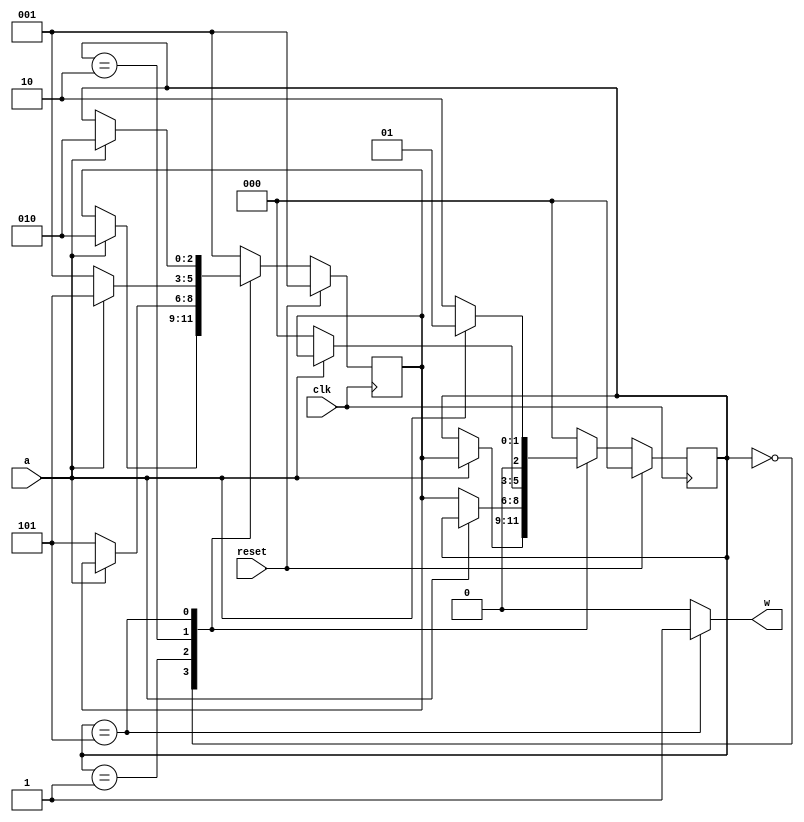
// Time: 10:49 pm
// 101_detector.v
// About : Sequence (101) detector 

module dectector (
	a, w, clk, reset);
	input a,clk,reset;
	output w;
	reg w;
	parameter s0=3'b000,
		  s1=3'b001,
		  s2=3'b010,
		  s3=3'b101;
	reg[2:0] current_state, next_state;
initial
	begin
	current_state = s0;
	next_state = s1;
	end
// concurrent space
	always@(posedge clk)
		begin
		if (reset==1)
		begin
			next_state <= s1;
			current_state<=s0;
		end
		else
		begin
			case (current_state)
				s0:begin
					if (a==1)
					begin
						current_state<=next_state;
						next_state<=s2;
					end						
				   end
				s1:begin
					if (a==0)
					begin
						current_state<=next_state;
						next_state<=s3;
					end
				   end
				s2:begin
					if (a==1)
					begin
						current_state<=next_state;
						next_state<=s3;
					end
					else
					begin
						current_state<=s0;
						next_state<=s1;
					end
				   end
				s3:begin
					if (a==1)
					begin
						current_state<=s1;
						next_state<=s2;
					end
					else
					begin
						next_state<=current_state;
						current_state<=s2;
					end
				   end
				default:begin
						current_state <=s0;
					 	next_state<=s1;
					end
			endcase
			
		end
	end
always@(current_state)
	begin
		if (current_state==s3)
				w<=1;		
			else
				w<=0;
	end
			
endmodule